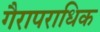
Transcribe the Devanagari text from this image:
गैरापराधिक